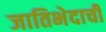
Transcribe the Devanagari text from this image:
जातिभेदाची